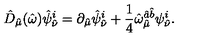
\hat { D } _ { \hat { \mu } } ( \hat { \omega } ) \hat { \psi } _ { \hat { \nu } } ^ { i } = \partial _ { \hat { \mu } } \hat { \psi } _ { \hat { \nu } } ^ { i } + \frac { 1 } { 4 } \hat { \omega } _ { \hat { \mu } } ^ { \hat { a } \hat { b } } \psi _ { \hat { \nu } } ^ { i } .